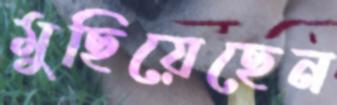
মুছিয়েছেন